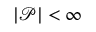
| { \mathcal { P } } | < \infty